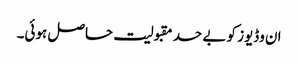
ان وڈیوز کو بے حد مقبولیت حاصل ہوئی۔